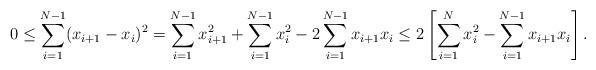
LaTeX: \begin{align*} 0\leq \sum_{i=1}^{N-1}(x_{i+1}-x_i)^2= \sum_{i=1}^{N-1}x_{i+1}^2+\sum_{i=1}^{N-1}x_i^2-2 \sum_{i=1}^{N-1}x_{i+1}x_i \leq 2\left[\sum_{i=1}^{N}x_i^2- \sum_{i=1}^{N-1}x_{i+1}x_i\right].\end{align*}